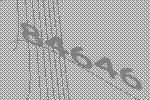
84646